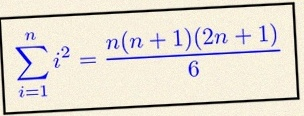
\sum_{i=1}^{n}i^2=\frac{n(n+1)(2n+1)}6